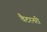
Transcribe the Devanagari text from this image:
वैटरनरी